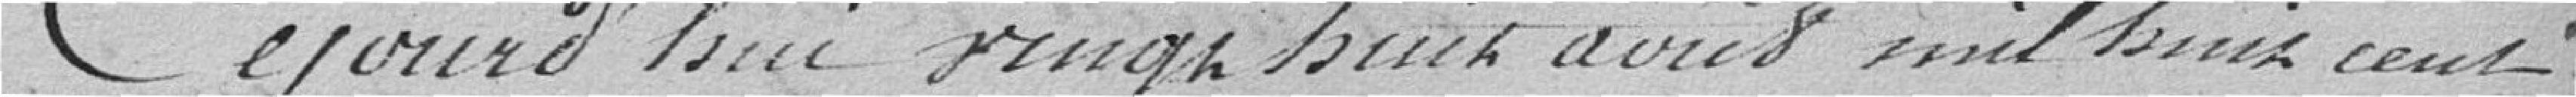
Cejourd'hui vingt avril mil huit cent